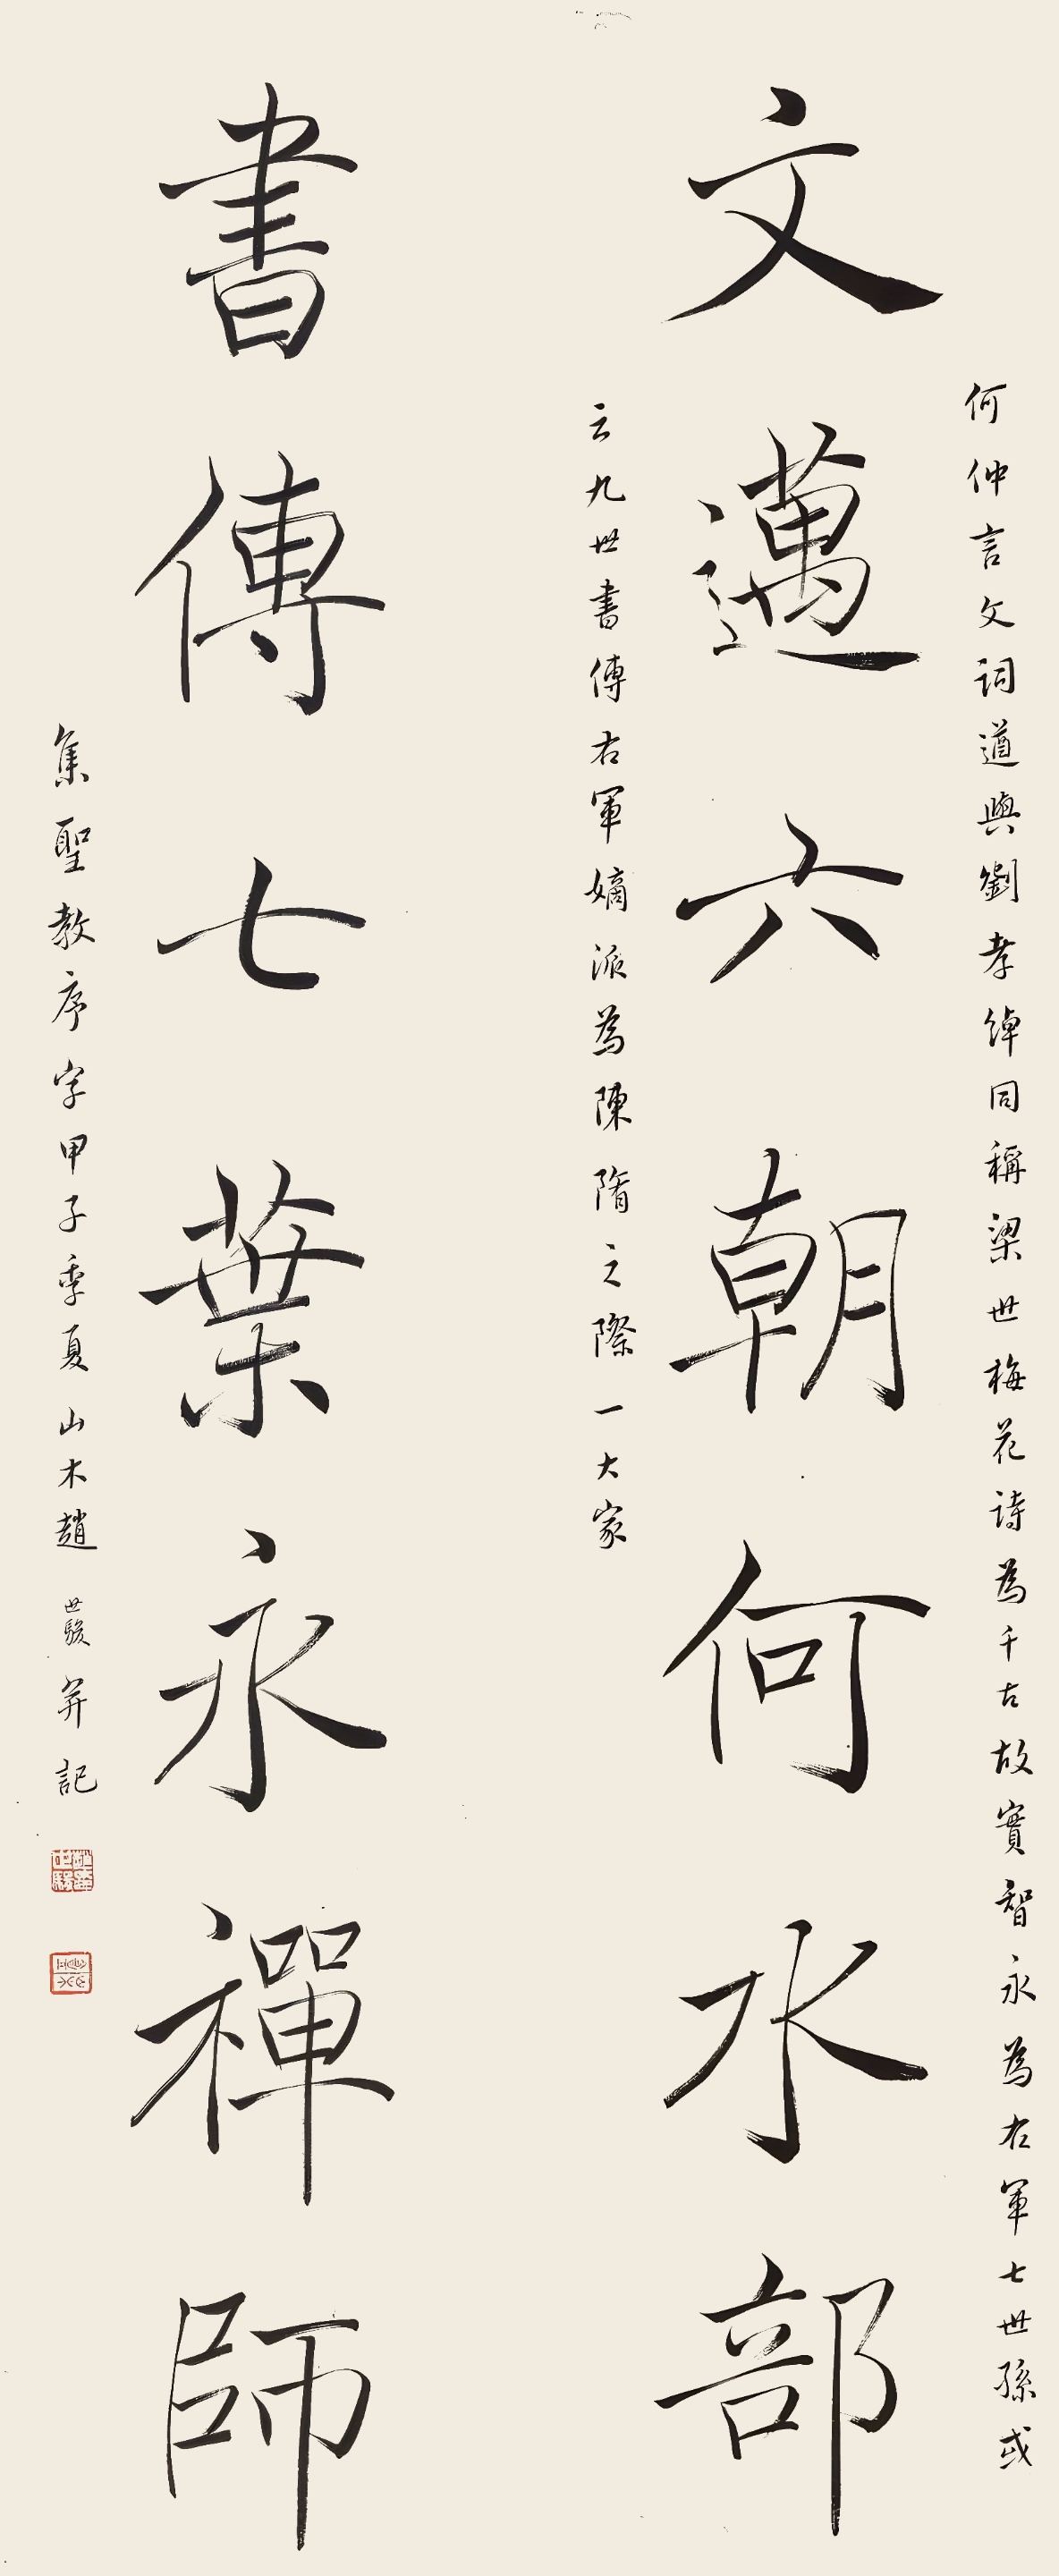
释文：文迈六朝何水部，书传七叶永禅师。何仲言文词遒与刘孝绰同称梁世，梅花诗为千古故实，智永为右军七世孙或云九世，书传右军嫡派为陈、隋之际一大家。集圣教序字。甲子季夏，山木赵世骏并记。